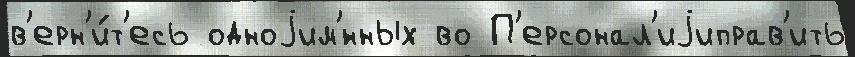
в'ерн'и́т'есь одноjим'́нных во П'ерсонал'иjиправ'ить